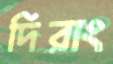
দিরাং